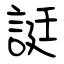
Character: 誔